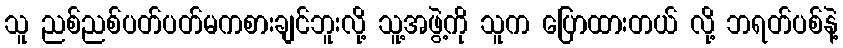
သူ ညစ်ညစ်ပတ်ပတ်မကစားချင်ဘူးလို့ သူ့အဖွဲ့ကို သူက ပြောထားတယ် လို့ ဘရတ်ပစ်နဲ့